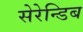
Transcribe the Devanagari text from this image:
सेरेन्डिब